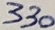
Text: 330